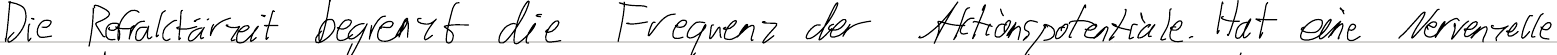
Die Refraktärzeit begrenzt die Frequenz der Aktionspotentiale. Hat eine Nervenzelle